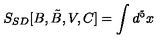
S _ { S D } [ B , \tilde { B } , V , C ] = \int d ^ { 5 } x